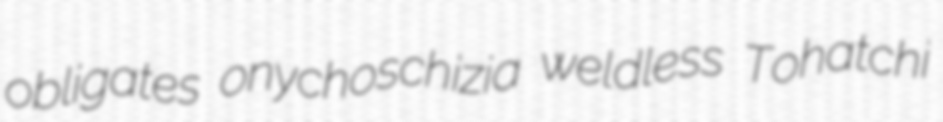
obligates onychoschizia weldless Tohatchi